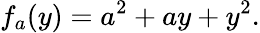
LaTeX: f_{a}(y)=a^{2}+ay+y^{2}.